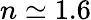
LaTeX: n\simeq 1.6